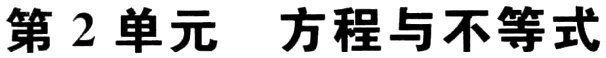
第 2 单元  方程与不等式